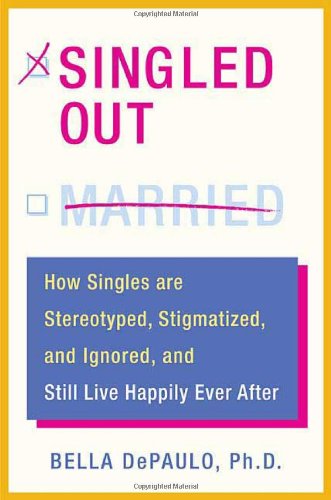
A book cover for Singled Out: How Singles are Stereotyped, Stigmatized, and Ignored, and Still Live Happily Ever After; Bella DePaulo; Travel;